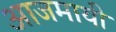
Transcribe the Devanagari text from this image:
आजमायी